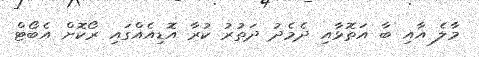
މާލެ އާއި ބާ އަތޮޅާއި ދެމެދު ދަތުރު ކުރާ އޮޑިއެއްގައި ރޯކޮށް އެބޯޓް